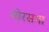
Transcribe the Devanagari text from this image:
मोरसभा